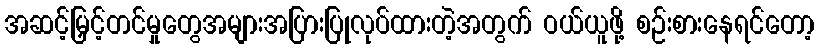
အဆင့်မြှင့်တင်မှုတွေအများအပြားပြုလုပ်ထားတဲ့အတွက် ဝယ်ယူဖို့ စဉ်းစားနေရင်တော့